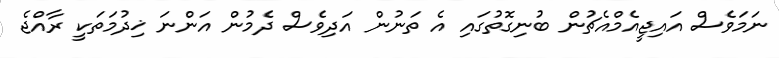
ނަމަވެސް އައިޖީއެމްއެޗުން ބުނިގޮތުގައި އެ ތަނުން އަދިވެސް ދެމުން އަންނަ ޚިދުމަތަކީ ރާއްޖެ